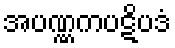
အပဏ္ဏကပဋိပဒံ